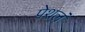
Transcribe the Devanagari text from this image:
पेशलं